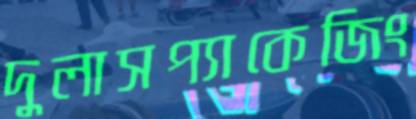
দুলাসপ্যাকেজিং